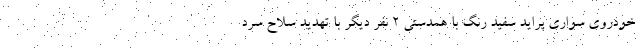
خودروی سواری پراید سفید رنگ با همدستی ۲ نفر دیگر با تهدید سلاح سرد